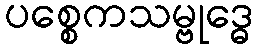
ပစ္စေကသမ္ဗုဒ္ဓေ